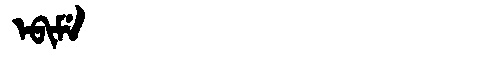
Manchu: ᡝᠪᡳᠮᡝ
Romanization: EBIME